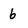
Character: 6